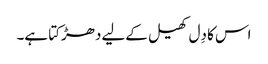
اس کا دِل کھیل کےلیے دھڑکتا ہے۔